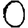
Digit: 0